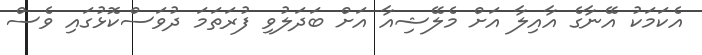
އެކަމަކު އޭނާގެ އާއިލާ އަށް މެލޭޝިއާ އަށް ބަދަލުވި ފުރަތަމަ ދުވަސްކޮޅުގައި ވެސް